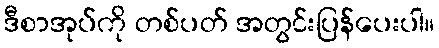
ဒီစာအုပ်ကို တစ်ပတ် အတွင်းပြန်ပေးပါ။